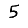
Digit: 5